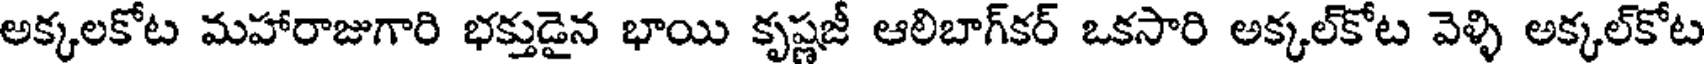
అక్కలకోట మహారాజుగారి భక్తుడైన భాయి కృష్ణజీ ఆలిబాగ్కర్ ఒకసారి అక్కల్కోట వెళ్ళి అక్కల్కోట